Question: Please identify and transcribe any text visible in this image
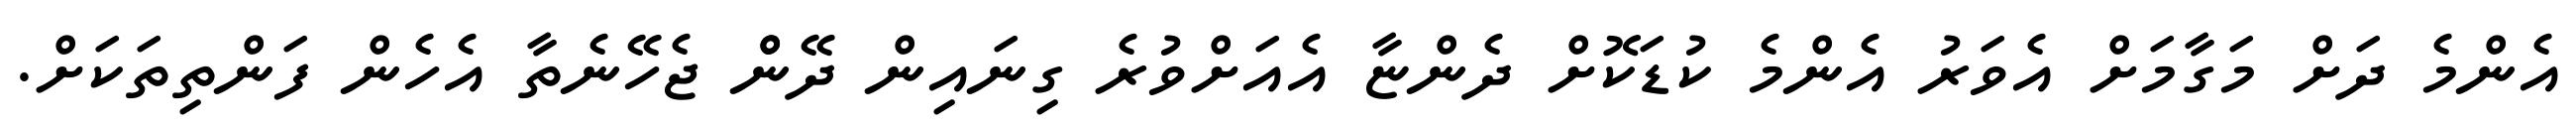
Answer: އެންމެ ދަށް މަގާމަށް އެވަރު އެންމެ ކުޑަކޮށް ދެންޏާ އެއަށްވުރެ ގިނައިން ދޭންް ޖެހޭނެތާ އެހެން ފަންތިތަކަށް.